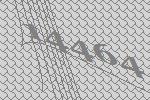
14464